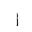
Letter: _alif